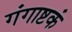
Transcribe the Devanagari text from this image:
गंगाष्टकं